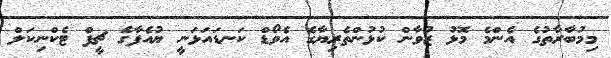
މިމުބާރާތުގެ އެންމެ މޮޅު ޒުވާން ކުޅުންތެރިޔާގެ އެވޯޑް ކަނޑައަޅަނީ ޔުއެފާގެ ޗީފް ޓެކްނިކަލް